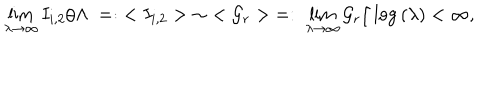
\lim _ { \lambda \to \infty } I _ { i , 2 } / \Lambda \; = : \; < I _ { i , 2 } > \; \sim \; < { \cal G } _ { r } > \; = : \; \lim _ { \lambda \to \infty } { \cal G } _ { r } / \log { ( \lambda ) } < \infty ,